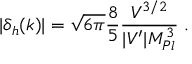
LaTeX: | \delta _ { h } ( k ) | = \sqrt { 6 \pi } \frac { 8 } { 5 } \frac { V ^ { 3 / 2 } } { | V ^ { \prime } | M _ { P l } ^ { 3 } } \; .